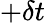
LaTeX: +\delta t